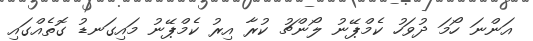
އަންނަ ހޯމަ ދުވަހު ކެމްޕޭނު ލޯންޗު ކުރާ އިރު ކެމްޕޭނު މައިގަނޑު ގޮތެއްގައި